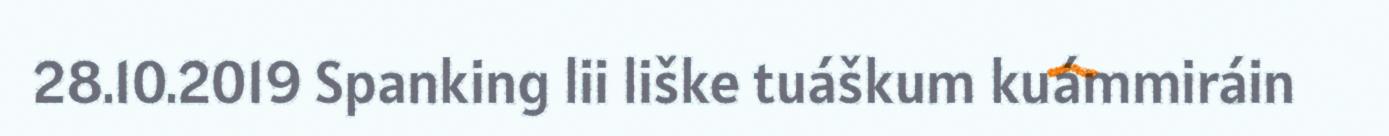
28.10.2019 Spanking lii liške tuáškum kuámmiráin